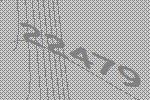
22479